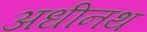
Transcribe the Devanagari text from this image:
अधीनथ